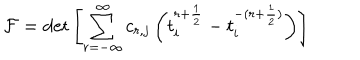
LaTeX: { \cal F } = \det \left[ \sum _ { r = - { \infty } } ^ { \infty } c _ { r , j } \left( t _ { i } ^ { r + \frac { 1 } { 2 } } - t _ { i } ^ { - ( r + \frac { 1 } { 2 } ) } \right) \right]